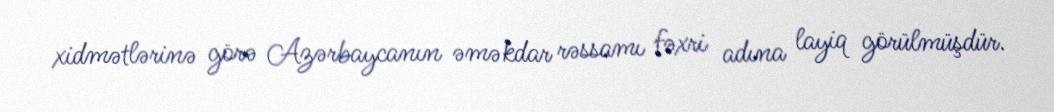
xidmətlərinə görə Azərbaycanın əməkdar rəssamı fəxri adına layiq görülmüşdür.